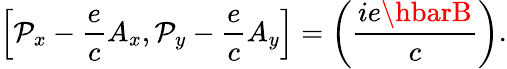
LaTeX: \left[\mathcal{P}_{x}-{\frac{{e}}{{c}}}A_{x},\mathcal{P}_{y}-{\frac{{e}}{{c}}}A_{y}\right]=\left({\frac{{ie\hbarB}}{{c}}}\right).